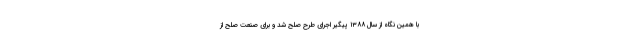
با همین نگاه از سال ۱۳۸۸ پیگیر اجرای طرح صلح شد و برای صنعت صلح از